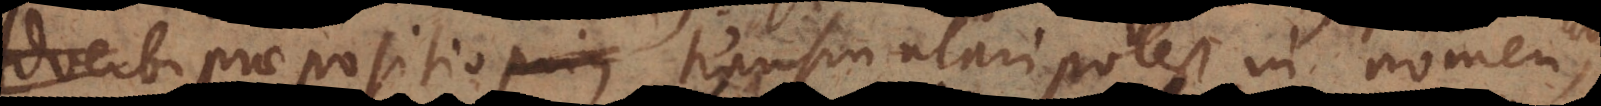
e praepositio prius transmutari potest in nomen,